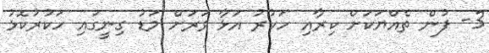
3- ފުން ތެއްޔަކަށް ކިރާއި ހަކުރު އަޅާ ވަރަށް މަޑު ގިނީގައި ހަކުރުކޮޅު